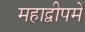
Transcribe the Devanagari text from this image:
महाद्वीपमें